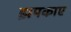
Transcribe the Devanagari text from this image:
झपकाए